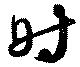
時